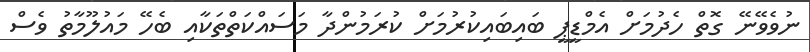
ނުވެވޭނޭ ގޮތް ހެދުމަށް އެމްޑީޕީ ބައިބައިކުރުމަށް ކުރަމުންދާ މަސައްކަތްތަކާއި ބެހޭ މައުލޫމާތު ވެސް